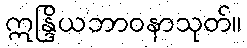
ဣန္ဒြိယဘာဝနာသုတ်။